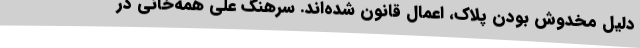
دلیل مخدوش بودن پلاک، اعمال قانون شده‌اند. سرهنگ علی همه‌خانی در